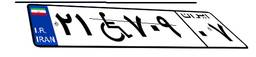
۲۱W۷۰۹۰۷